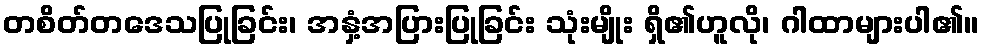
တစိတ်တဒေသပြုခြင်း၊ အနှံ့အပြားပြုခြင်း သုံးမျိုး ရှိ၏ဟူလို၊ ဂါထာများပါ၏။